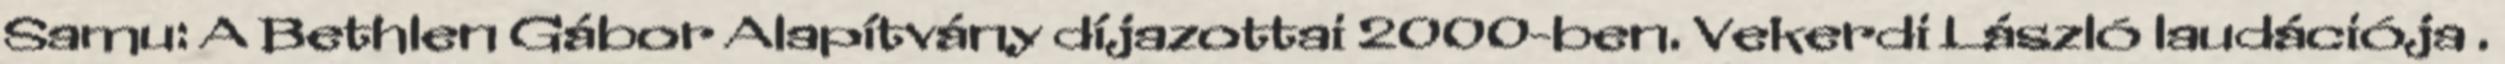
Samu: A Bethlen Gábor Alapítvány díjazottai 2000-ben. Vekerdi László laudációja .